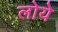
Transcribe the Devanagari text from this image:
लोये